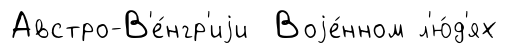
Австро-В'е́нгр'иjи Воjе́нном л'ю́д'ях